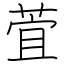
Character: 萓